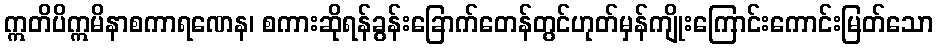
ဣတိပိဣမိနာစကာရဏေန၊ စကားဆိုရန်ခွန်းခြောက်တေန်တွင်ဟုတ်မှန်ကျိုးကြောင်းကောင်းမြတ်သော